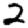
Digit: 2